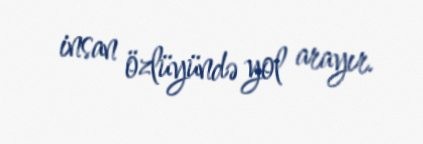
insan özlüyündə yol arayır.